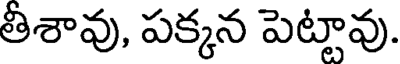
తీశావు, పక్కన పెట్టావు.